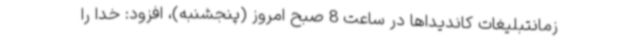
زمانتبلیغات کاندیداها در ساعت 8 صبح امروز (پنجشنبه)، افزود: خدا را